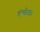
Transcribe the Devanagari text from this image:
हंसौड़ा